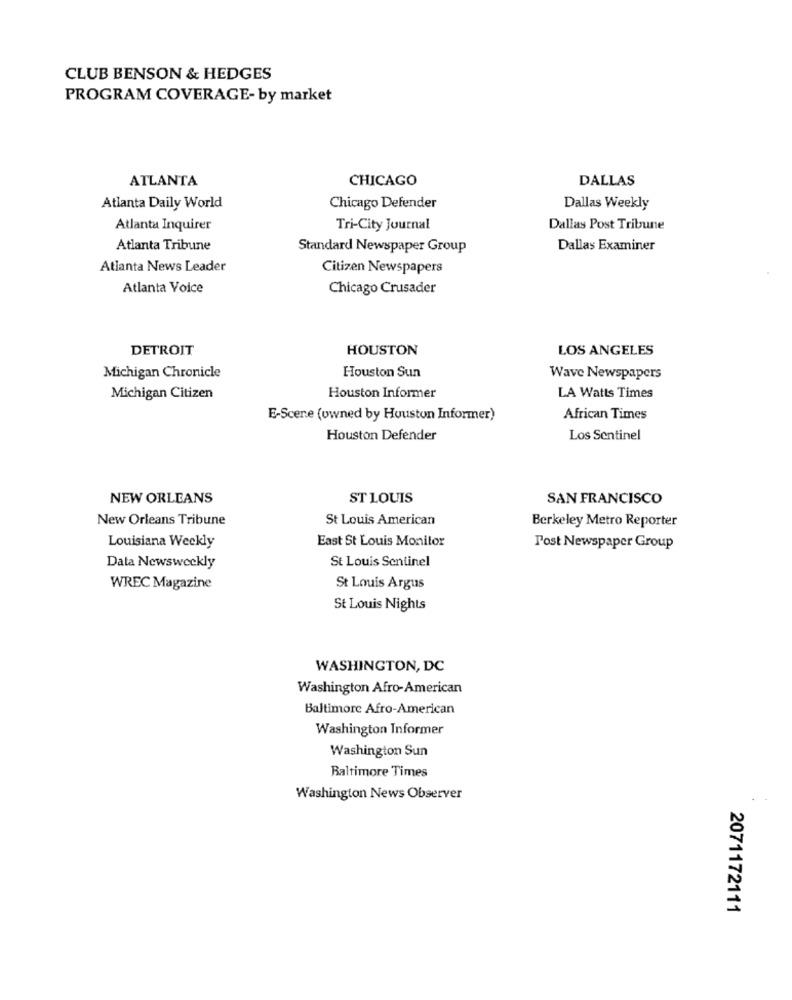
CLUB BENSON & HEDGES
PROGRAM COVERAGE- by market
ATLANTA
CHICAGO
DALLAS
Atlanta Daily World
Chicago Defender
Dallas Weekly
Atlanta Inquirer
Tri-City Journal
Dallas Post Tribune
Atlanta Tribune
Standard Newspaper Group
Dallas Examiner
Atlanta News Leader
Citizen Newspapers
Atlanta Voice
Chicago Crusader
DETROIT
HOUSTON
LOS ANGELES
Houston Sun
Michigan Chronicle
Wave Newspapers
Michigan Citizen
Houston Informer
LA Watts Times
E-Scene (owned by Houston Informer)
African Times
Houston Defender
Los Sentinel
NEW ORLEANS
ST LOUIS
SAN FRANCISCO
New Orleans Tribune
St Louis American
Berkeley Metro Reporter
East St Louis Monitor
Louisiana Weekly
Post Newspaper Group
St Louis Sentinel
Data Newsweekly
WREC Magazine
St Louis Argus
St Louis Nights
WASHINGTON, DC
Washington Afro-American
Baltimore Afro-American
Washington Informer
Washington Sun
Baltimore Times
Washington News Observer
2071172111